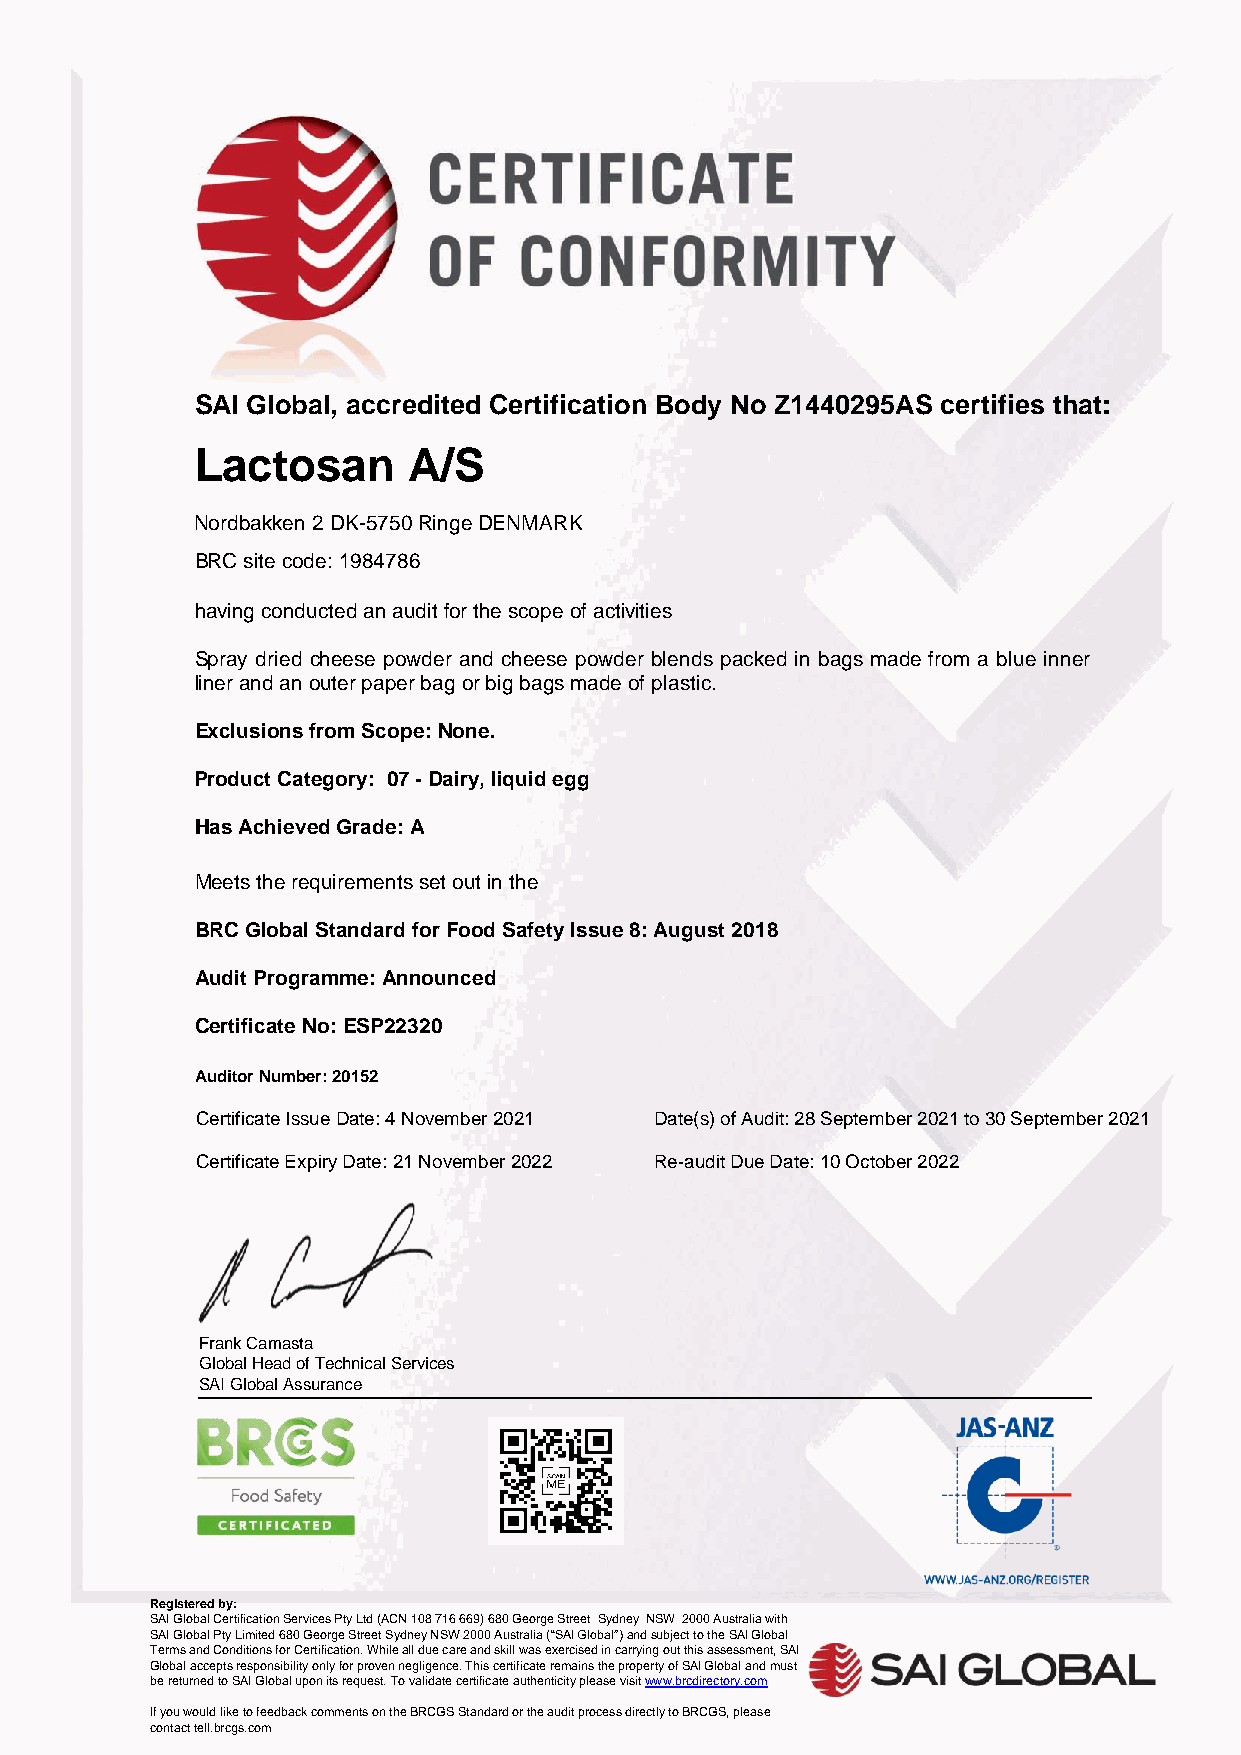
SAI Global, accredited Certification Body No Z1440295AS certifies that:
 Lactosan      A/S
 Nordbakken 2 DK-5750 Ringe DENMARK
 BRC site code: 1984786
 having conducted an audit for the scope of activities
 Spray dried cheese powder and cheese powder blends packed in bags made from a blue inner
 liner and an outer paper bag or big bags made of plastic.
 Exclusions from Scope: None.
 Product Category: 07 - Dairy, liquid egg
 Has Achieved Grade: A
 Meets the requirements set out in the
 BRC Global Standard for Food Safety Issue 8: August 2018
 Audit Programme: Announced
 Certificate No: ESP22320
 Auditor Number: 20152
 Certificate Issue Date: 4 November 2021 Date(s) of Audit: 28 September 2021 to 30 September 2021
 Certificate Expiry Date: 21 November 2022 Re-audit Due Date: 10 October 2022
 Frank Camasta
 Global Head of Technical Services
 SAI Global Assurance
 Registered by:
 SAI Global Certification Services Pty Ltd (ACN 108 716 669) 680 George Street Sydney NSW 2000 Australia with
 SAI Global Pty Limited 680 George Street Sydney NSW 2000 Australia (“SAI Global”) and subject to the SAI Global
 Terms and Conditions for Certification. While all due care and skill was exercised in carrying out this assessment, SAI
 Global accepts responsibility only for proven negligence. This certificate remains the property of SAI Global and must
 be returned to SAI Global upon its request. To validate certificate authenticity please visit www.brcdirectory.com
 If you would like to feedback comments on the BRCGS Standard or the audit process directly to BRCGS, please
 contact tell.brcgs.com